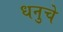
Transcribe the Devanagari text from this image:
धनुचे